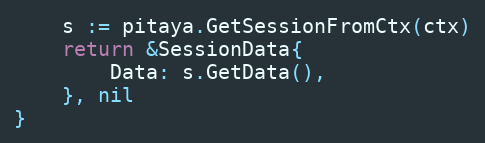
Language: Go
	s := pitaya.GetSessionFromCtx(ctx)
	return &SessionData{
		Data: s.GetData(),
	}, nil
}